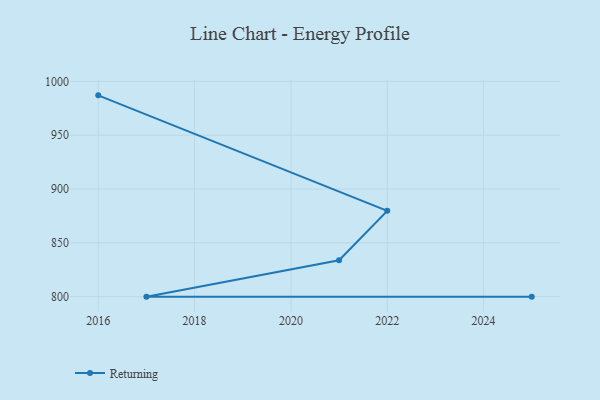
{"axis": {"x": "Year", "y": "Shipments"}, "legend": ["Returning"], "data": [{"x": "2016", "y": 987.0, "type": "Returning"}, {"x": "2022", "y": 879.7, "type": "Returning"}, {"x": "2021", "y": 833.8, "type": "Returning"}, {"x": "2017", "y": 800, "type": "Returning"}, {"x": "2025", "y": 800, "type": "Returning"}]}